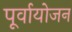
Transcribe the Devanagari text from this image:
पूर्वायोजन